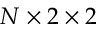
N \times 2 \times 2